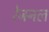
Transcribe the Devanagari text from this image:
रेजनल